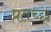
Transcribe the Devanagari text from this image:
प्रतच्छ